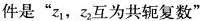
件是”z_{1}，z_{2}互为共轭复数”